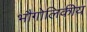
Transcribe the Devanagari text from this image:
भौगोलिकीय